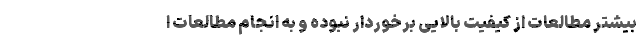
بیشتر مطالعات از کیفیت بالایی برخوردار نبوده و به انجام مطالعات ا